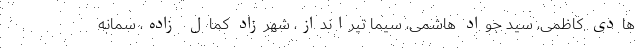
هادی کاظمی، سید جواد هاشمی، سیما تیرانداز، شهرزاد کمال زاده، سمانه